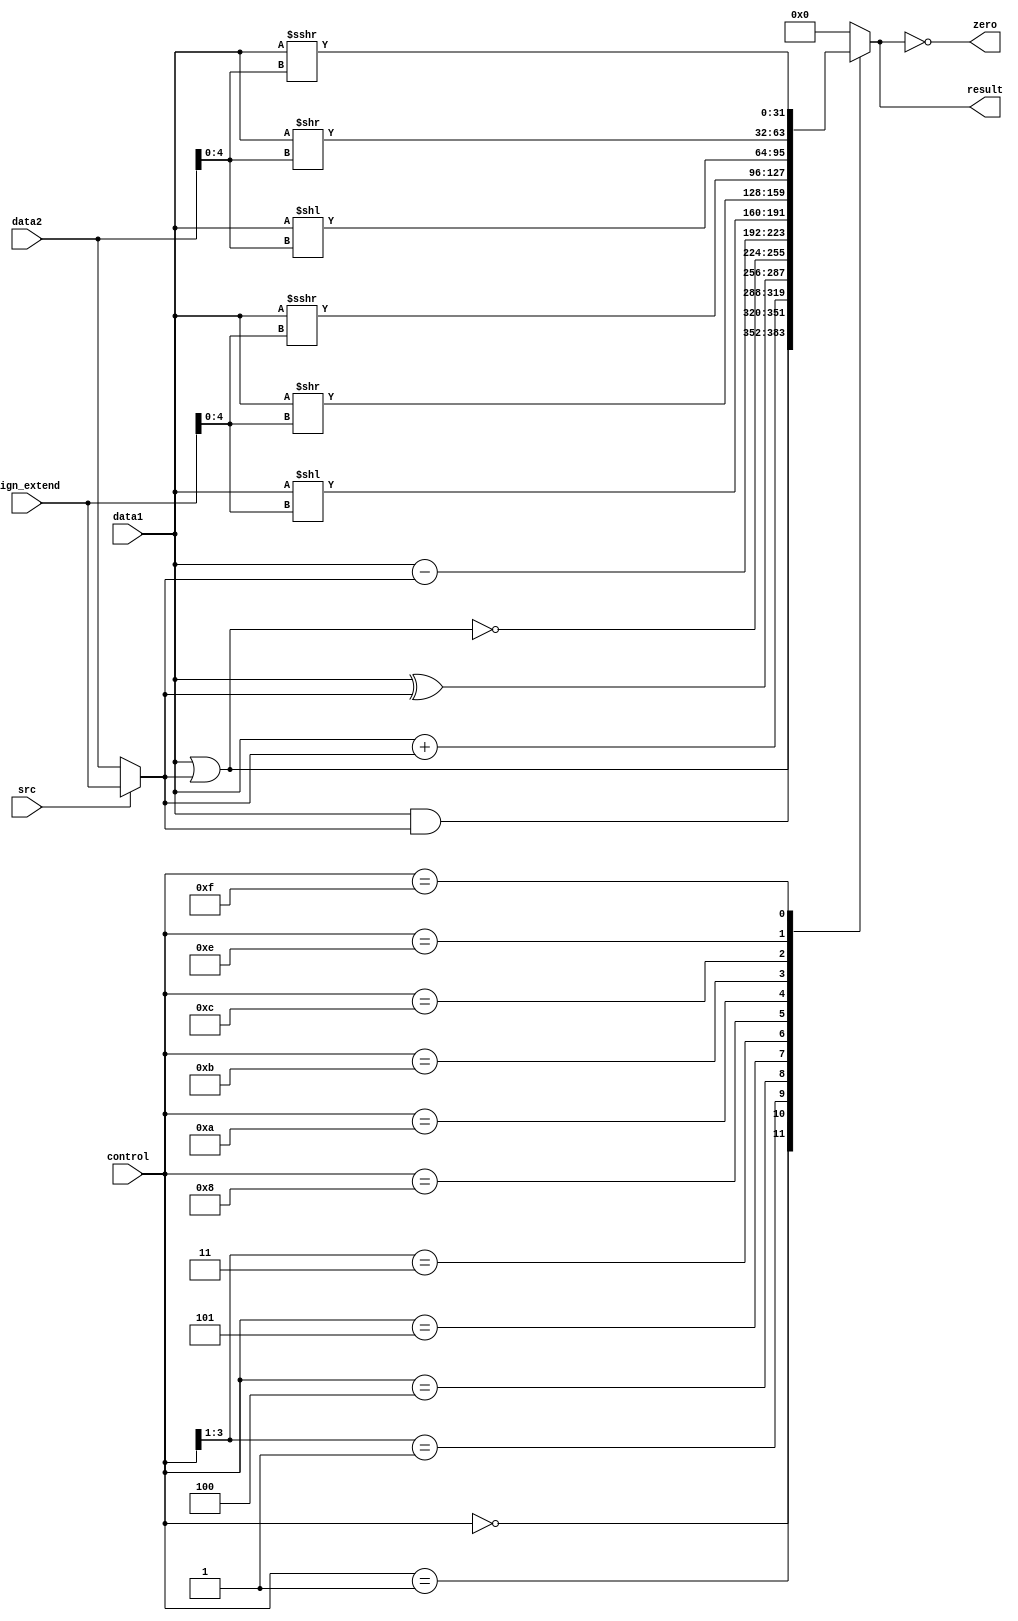
module ALU(
    input[31:0] data1,
    input[31:0] data2,
    input[31:0] sign_extend,
    input src,
    input[3:0] control,
    output reg[31:0] result,
    output reg zero
);

wire[31:0] data3;
assign data3 = src ? sign_extend : data2;

always @(*) begin
    casex(control)
        4'b0000: result = data1 & data3;
        4'b0001: result = data1 | data3;
        4'b001x: result = data1 + data3;
        4'b0100: result = data1 ^ data3;
        4'b0101: result = ~(data1 | data3);
        4'b011x: result = data1 - data3;
        4'b1000: result = data1 << sign_extend[4:0];
        4'b1010: result = data1 >> sign_extend[4:0];
        4'b1011: result = data1 >>> sign_extend[4:0];
        4'b1100: result = data1 << data2[4:0];
        4'b1110: result = data1 >> data2[4:0];
        4'b1111: result = data1 >>> data2[4:0];
        default: result = 0;
    endcase
    zero = result == 0;
end

endmodule